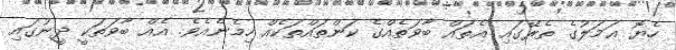
ހެޔޮ ޢަމަލުގެ ތެރޭގައި އެތައް ބާވަތެއްގެ ކަންތައްތަކެއް ހިމެނެއެވެ. އެއް ބާވަތަކީ ދީނުގައި